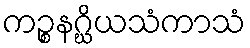
ကဉ္စနဂ္ဃိယသံကာသံ